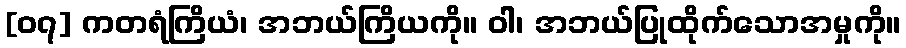
[၀၇] ကတရံကြိယံ၊ အဘယ်ကြိယကို။ ဝါ၊ အဘယ်ပြုထိုက်သောအမှုကို။